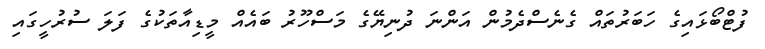
ފުޓްބޯޅައިގެ ހަބަރުތައް ގެނެސްދެމުން އަންނަ ދުނިޔޭގެ މަސްހޫރު ބައެއް މީޑިއާތަކުގެ ފަލަ ސުރުހީގައި